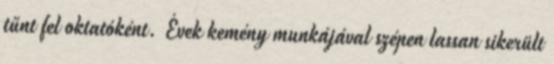
tűnt fel oktatóként. Évek kemény munkájával szépen lassan sikerült